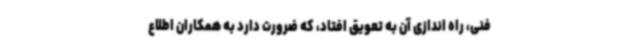
فنی، راه اندازی آن به تعویق افتاد، که ضرورت دارد به همکاران اطلاع